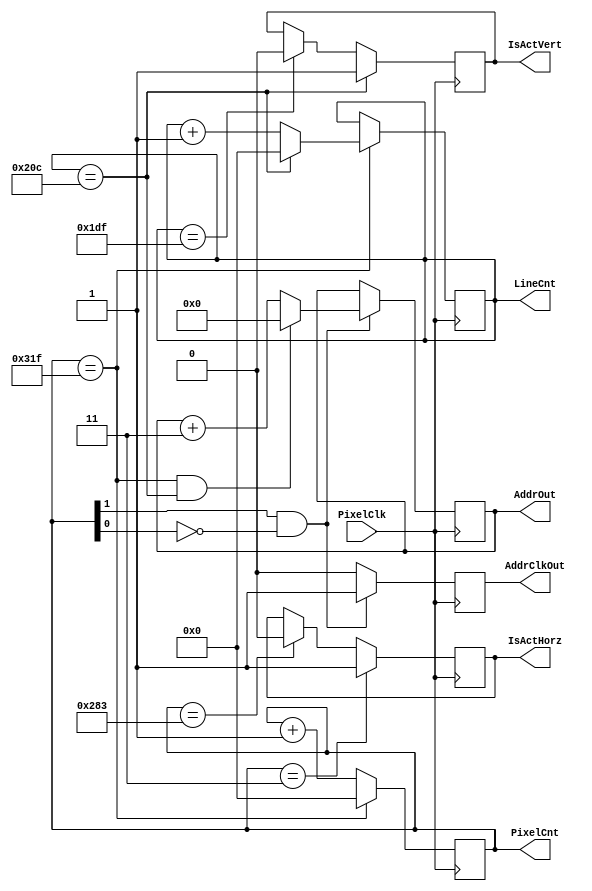
`timescale 1ns/1ps

// Video Controller - read address generator

module vctl #(
    parameter XWIDTH = 10,
    parameter YWIDTH = 10,
    parameter AWIDTH = 16,
    parameter XMAX = 799,
    parameter YMAX = 524,
    parameter HDMIN = 3,
    parameter HDMAX = 643,
    parameter VDMIN = 524,
    parameter VDMAX = 479
) (
    input wire PixelClk,
    output reg[XWIDTH-1:0] PixelCnt,
    output reg[YWIDTH-1:0] LineCnt,
    output reg[AWIDTH-1:0] AddrOut,
    output reg AddrClkOut,
    output reg IsActHorz,
    output reg IsActVert
);

initial PixelCnt <= 1'b0;
initial LineCnt <= 1'b0;
initial AddrOut <= 1'b0;
initial IsActHorz <= 1'b0;
initial IsActVert <= 1'b0;

always @(posedge PixelClk) begin
    if (PixelCnt == XMAX) begin
        PixelCnt <= 1'b0; 
        if (LineCnt == YMAX) LineCnt <= 1'b0;
        else LineCnt <= LineCnt + 1'b1;
    end else PixelCnt <= PixelCnt + 1'b1;
     
    if (PixelCnt == HDMAX) IsActHorz <= 1'b0;
    if (PixelCnt == HDMIN) IsActHorz <= 1'b1;
     
    if (LineCnt == VDMAX) IsActVert <= 1'b0;
    if (LineCnt == VDMIN) IsActVert <= 1'b1;

    if (PixelCnt[1] && !PixelCnt[0]) begin
        AddrClkOut <= 1'b1;
        if (PixelCnt == XMAX && LineCnt == YMAX) AddrOut <= 1'b0;
        else AddrOut <= AddrOut + 2'b11;
    end else AddrClkOut <= 1'b0;
end

endmodule